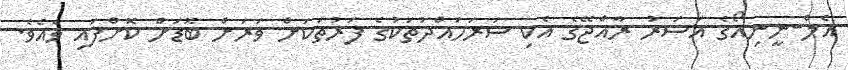
އެލް-ނީނިއޯގެ އަސަރު ރާއްޖޭގެ އެކި ސަރަހައްދުތަކުގެ ފަރުތަކަށް ވަރަށް ބޮޑަށް ކޮށްފައި ވެއެވެ.